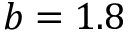
b = 1 . 8